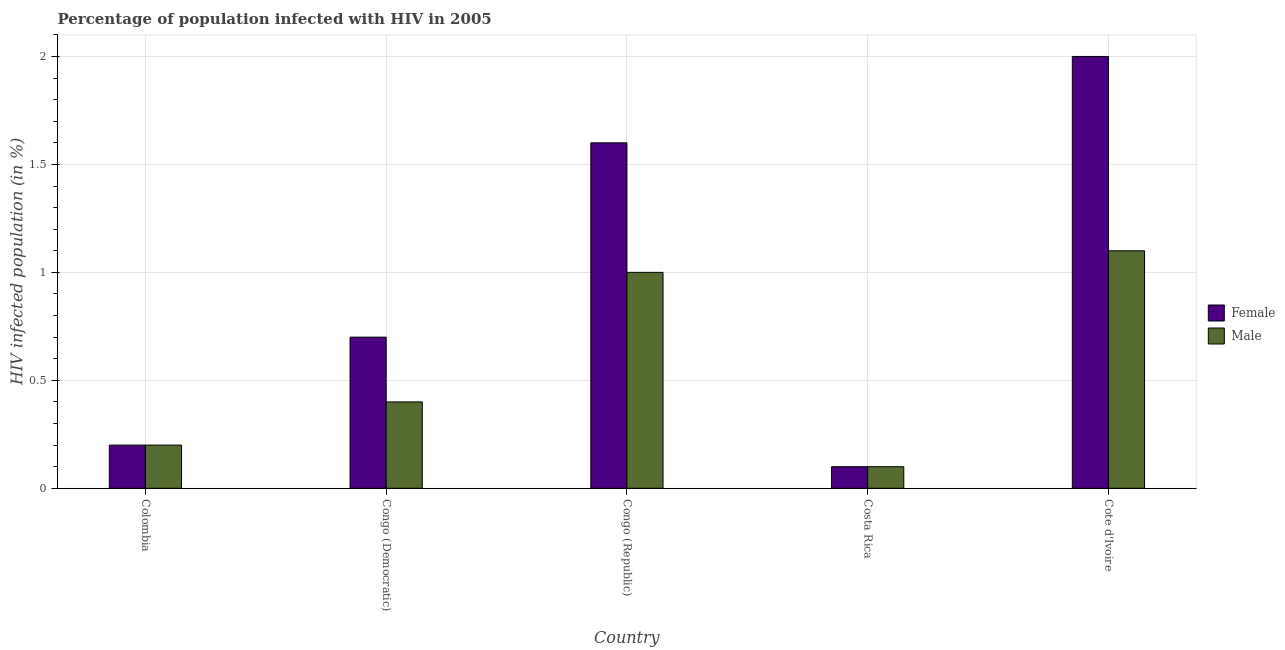
| Country | Female | Male |
 | --- | --- | --- |
 | Colombia | 0.2 | 0.2 |
 | Congo (Democratic) | 0.7 | 0.4 |
 | Congo (Republic) | 1.6 | 1 |
 | Costa Rica | 0.1 | 0.1 |
 | Cote d'Ivoire | 2 | 1.1 |